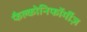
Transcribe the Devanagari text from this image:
फैल्कोनिफॉर्मीज़